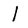
Character: l